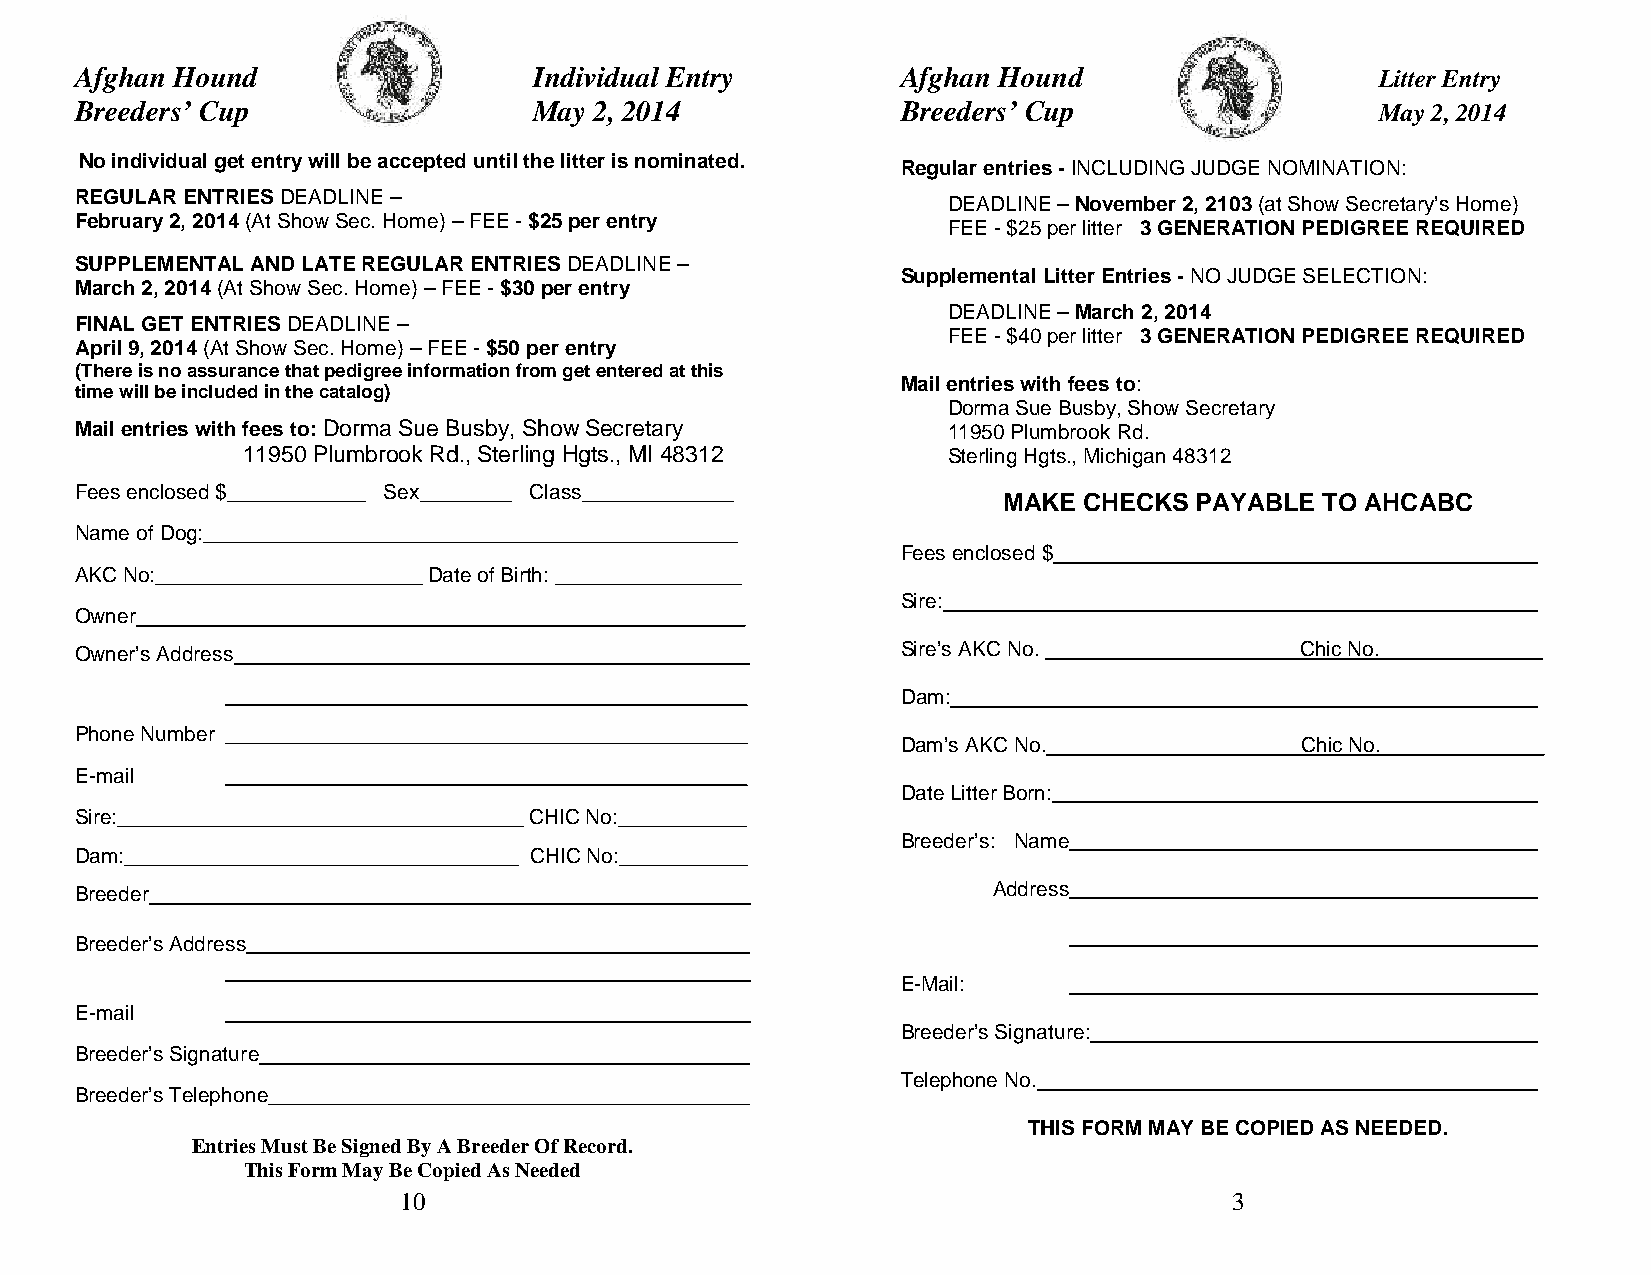
Afghan Hound                  Individual Entry         Afghan Hound                   Litter Entry
 Breeders’ Cup                 May 2, 2014              Breeders’ Cup                  May2,2014
 No individual get entry will be accepted until the litter is nominated.
 Regular entries-INCLUDINGJUDGE NOMINATION:
 REGULAR ENTRIESDEADLINE–
 DEADLINE–November 2, 2103(at Show Secretary’s Home)
 February 2, 2014(At Show Sec. Home)–FEE-$25per entry
 FEE-$25per litter 3 GENERATION PEDIGREE REQUIRED
 SUPPLEMENTAL AND LATE REGULAR ENTRIESDEADLINE–
 SupplementalLitterEntries-NOJUDGE SELECTION:
 March 2, 2014(At Show Sec. Home)–FEE-$30per entry
 DEADLINE–March 2, 2014
 FINAL GET ENTRIESDEADLINE–
 FEE-$40per litter 3 GENERATION PEDIGREE REQUIRED
 April9, 2014(At Show Sec. Home)–FEE-$50 per entry
 (There is no assurance that pedigree information from get entered at this
 Mail entries with fees to:
 time will be included in the catalog)
 Dorma Sue Busby, Show Secretary
 Mail entries with fees to:Dorma Sue Busby, Show Secretary 11950 Plumbrook Rd.
 11950 Plumbrook Rd., Sterling Hgts., MI 48312  Sterling Hgts., Michigan 48312
 Fees enclosed $____________ Sex________ Class_____________
 MAKE  CHECKS PAYABLE  TO AHCABC
 Name of Dog:______________________________________________
 Fees enclosed $
 AKC No:_______________________Date of Birth: ________________
 Sire:
 Owner____________________________________________________
 Owner’s Address____________________________________________ Sire’s AKC No.______________________Chic No.______________
 _____________________________________________ Dam:
 Phone Number _____________________________________________
 Dam’s AKC No.______________________Chic No.______________
 E-mail    _____________________________________________
 DateLitterBorn:
 Sire:___________________________________CHIC No:___________
 Breeder’s: Name
 Dam:__________________________________ CHIC No:___________
 Breeder                                                      Address
 Breeder’s Address
 E-Mail:
 E-mail
 Breeder’s Signature:
 Breeder’s Signature
 Telephone No.
 Breeder’s Telephone
 THIS FORM MAY BE COPIED AS NEEDED.
 Entries Must Be Signed By A Breeder Of Record.
 This Form May Be Copied As Needed
 10                                                      3